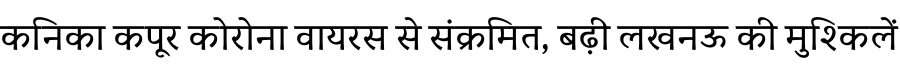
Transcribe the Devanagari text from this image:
कनिका कपूर कोरोना वायरस से संक्रमित, बढ़ी लखनऊ की मुश्किलें